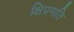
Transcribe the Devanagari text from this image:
क्षिप्रगति